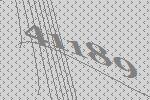
41189